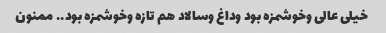
خیلی عالی وخوشمزه بود وداغ وسالاد هم تازه وخوشمزه بود.. ممنون